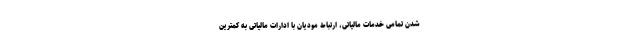
شدن تمامی خدمات مالیاتی، ارتباط مودیان با ادارات مالیاتی به کمترین